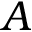
A